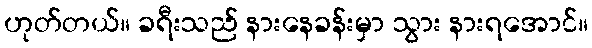
ဟုတ်တယ်။ ခရီးသည် နားနေခန်းမှာ သွား နားရအောင်။